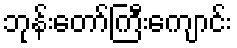
ဘုန်းတော်ကြီးကျောင်း